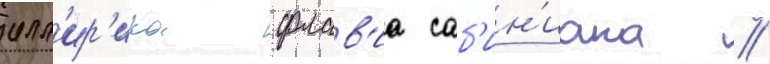
илл'ир'ика флав'иа саб'ин'иана //